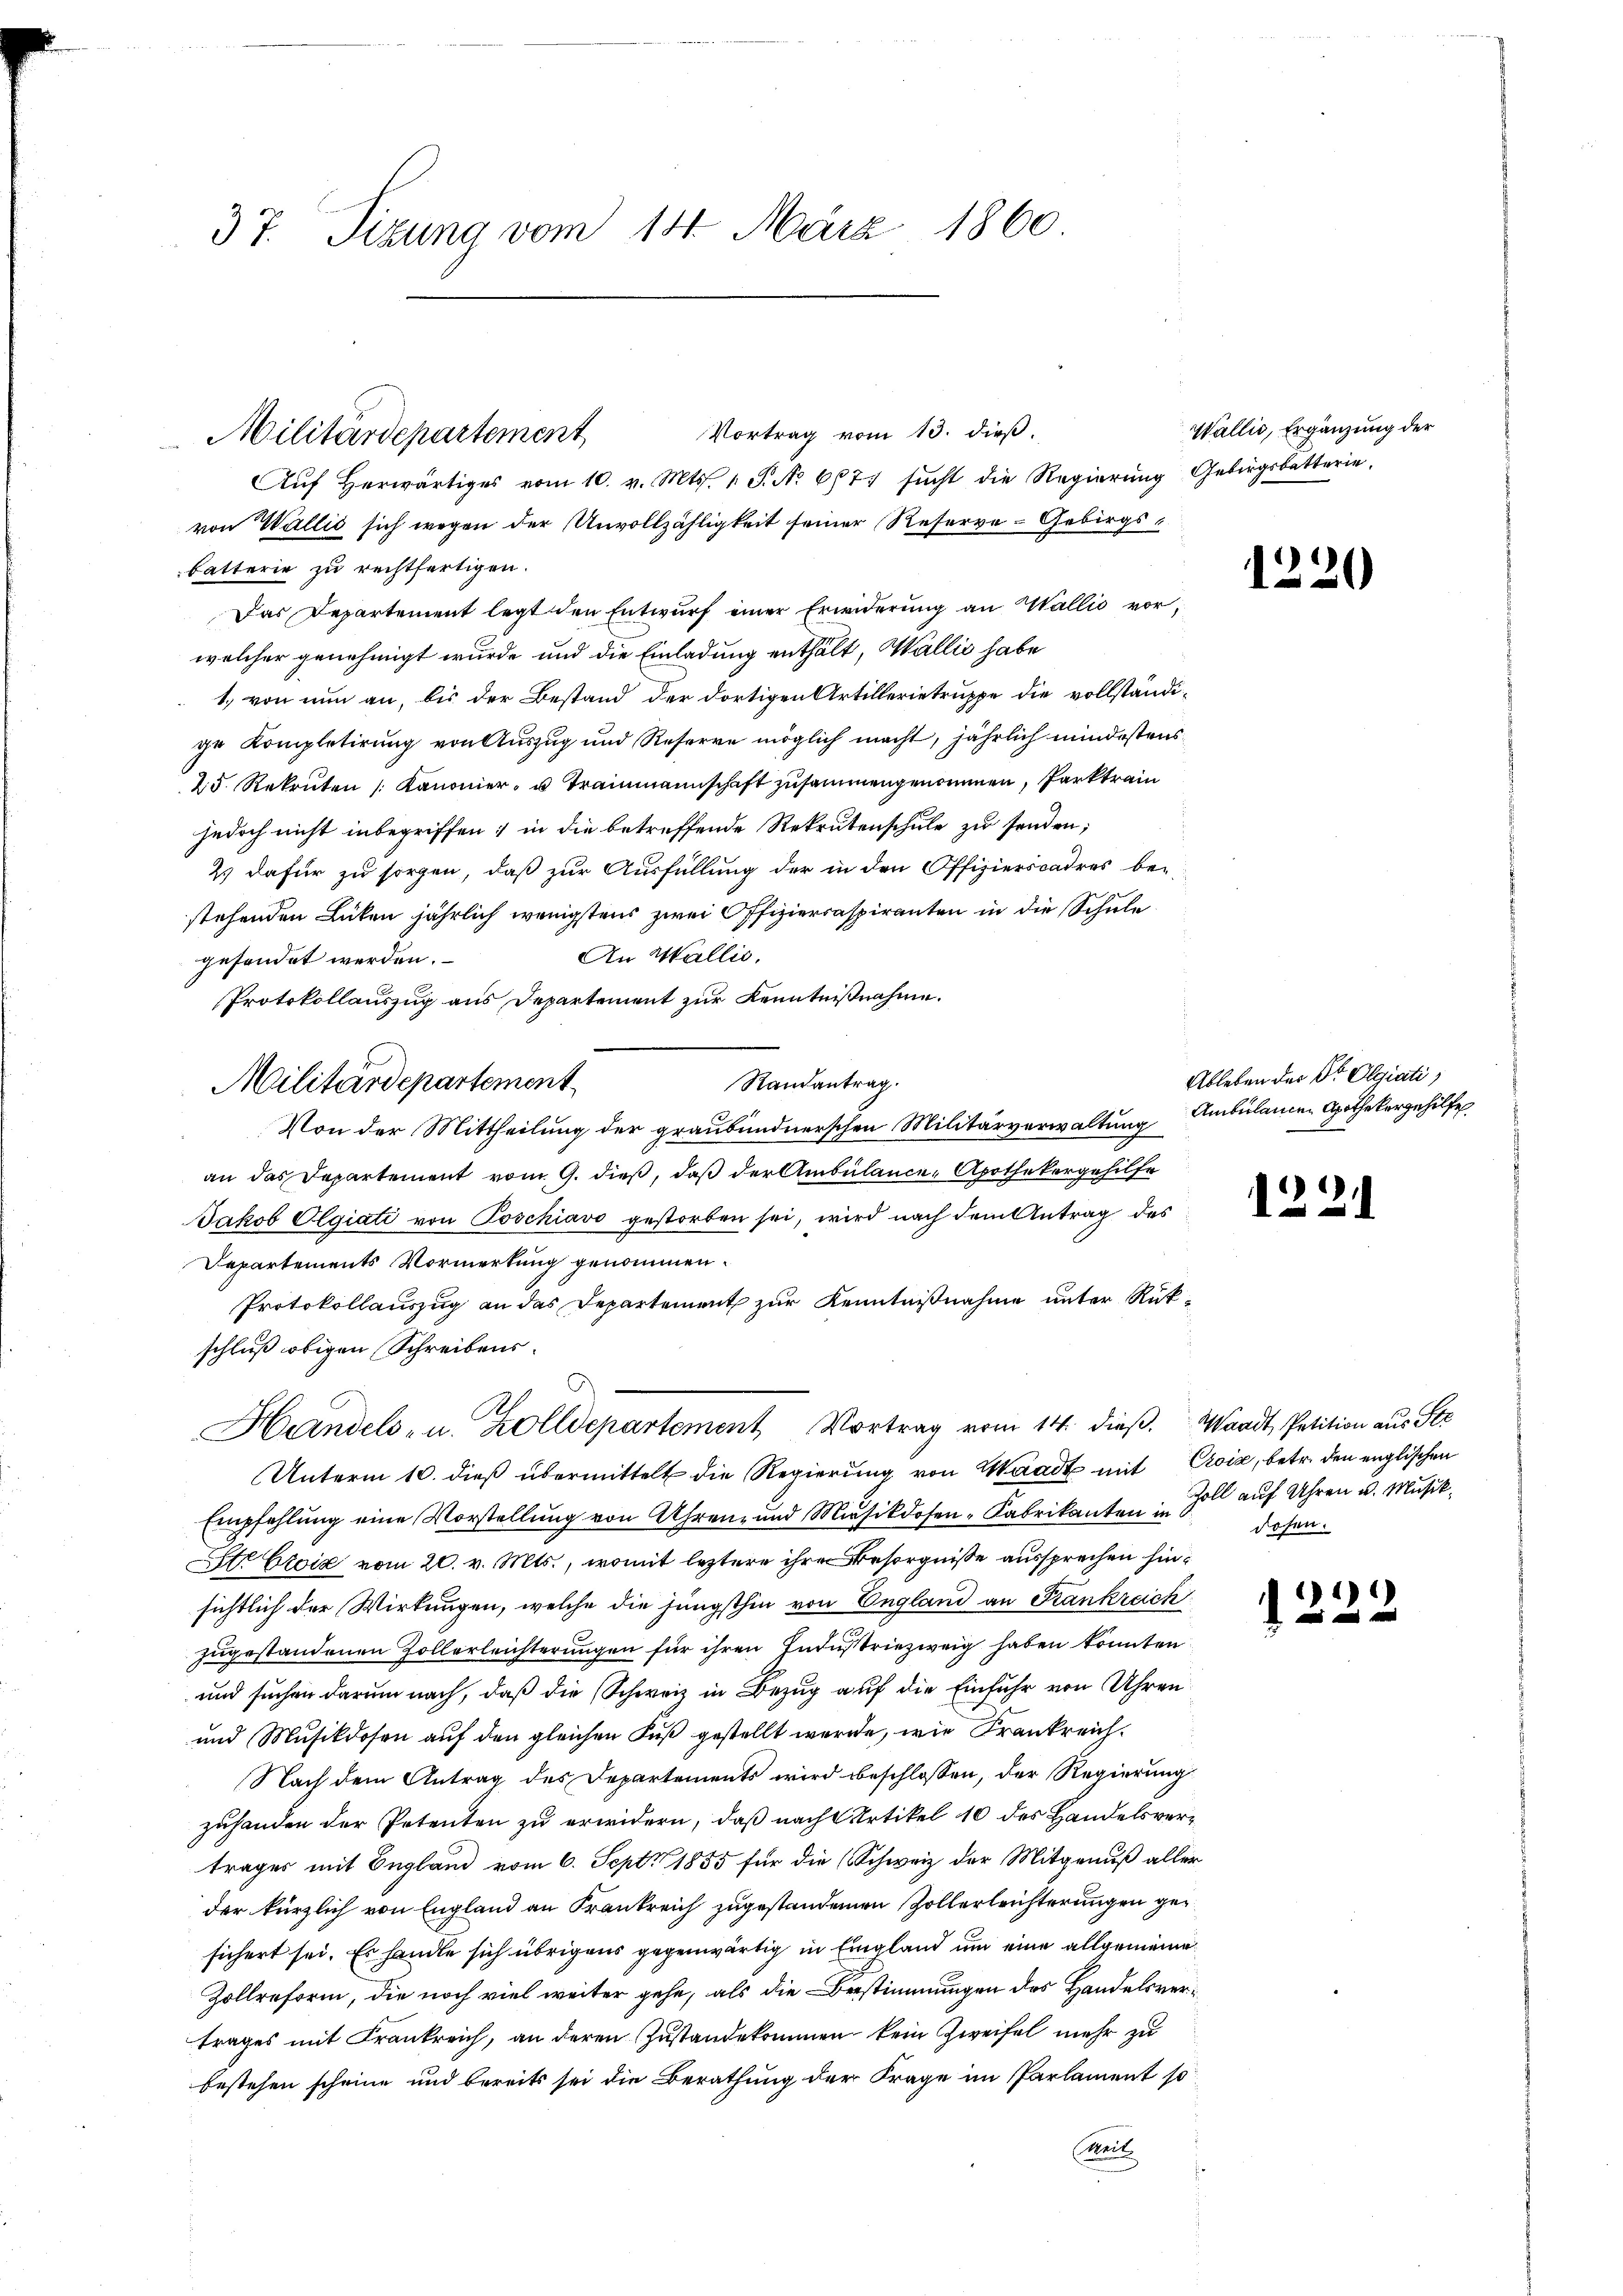
37. Sizung vom 14. März 1860

Vortrag vom 13. dieß.
Auf herwärtiges vom 10. v. Mts. 1. P. No 677 sŭcht die Regierung Gebirgsketterie,
von Wallić sich wegen der Unvollzähligkeit seiner Reserve-Gebirgsbatterie zu rechtfertigen.
Das Departement legt den Entwurf einer Erwiderung an Wallis vorwelcher genehmigt wurde und die Einladung enthält, Wallić habe
1.) von nun an, bis der Bestand der dortigen Artillerietruppe die vollständi-
ge Kompletirung von Auszug und Reserve möglich macht, jährlich mindestens
25. Rekruten /: Kanonier- u Trammannschaft zusammengenommen, Parktrain
jedoch nicht inbegriffen; in die betreffende Rekrutenschule zu senden;
Es dafür zu sorgen, daß zur Ausfüllung der in den Offizierscadres be-
stehenden Lücken jährlich wenigstens zwei Offizierraspiranten in die Schule
An Wallis,
gesendet werden.
Protokollauszug aus Departement zur Kenntnißnahme.
Randantrag.
Von der Mittheilung der graubündnerschen Militärverwaltung Ambulanen Apothekergehilfe
an das Departement vom 9. dieß, daß der Ambülance-Apothekergehilfe
Jakob Olgiati von Poschiavo gestorben sei, wird nach dem Antrag des
Departements Vormerkung genommen.
Protokollauszug an das Departement zur Kenntnißnahme unter Rükschluß obigen Schreibens.
.
Handels- u. Zolldepartement Vortrag vom 14. dieβ. Waadt, Petition aus St
Unterm 10. dieß übermittelt die Regierung von Waadt mit Croix, betr. den englischen
Empfehlung eine Vorstellung von Uhren und Musikdosen-Fabrikanton Zoll auf Uhren u. Musik
Str Croix vom 20. v. Mts., womit leztere ihre Besorgniße aussprechen hinsichtlich der Wirkungen, welche die jüngsthin von England an Frankreich
zugestandenen Zollerleichterungen für ihren Industriezweig haben konnten
und suchen darum nach, daß die Schweiz in Bezug auf die Einfuhr von Uhren
und Musikdosen auf den gleichen Fuß gestellt werde, wie Frankreich¬
Nach dem Antrag des Departements wird beschlossen, der Regierung
zuhanden der Petenten zu erwidern, daß nach Artikel 10 des Handelsverträger mit England vom 6. Sept. 1855 für die (Schweiz der Mitgenuß aller
der kürzlich von England an Frankreich zugestandenen Zollerleichterungen gesichert sei. Es handle sich übrigens gegenwärtig in Eingland um eine allgemeine
Zollreform, die noch viel weiter gehe, als die Bestimmungen des Handelsvertrages mit Frankreich, an deren Zustandekommen kein Zweifel mehr zu
bestehen scheine und bereits sei die Berathung der Frage im Parlament so
Weit

Militärdepartement

Militärdepartement

Wallis, Ergänzung der

1220

Ableben der Dr. Olgiati,

122.

dosen.

)*) *)